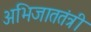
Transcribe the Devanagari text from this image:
अभिजाततंत्री